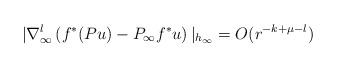
LaTeX: \begin{align*}|\nabla _\infty^l \left( f^\ast (Pu) - P_\infty f^\ast u\right) |_{h_\infty}=O(r^{-k+\mu-l}) \end{align*}